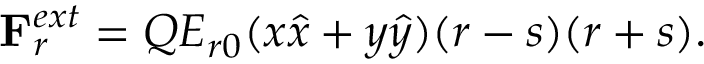
{ { \bf { F } } _ { r } ^ { e x t } } = { Q } { E _ { r 0 } } ( { x { \hat { x } } + y { \hat { y } } } ) ( r - s ) ( r + s ) { . }